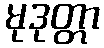
မုဒုတ္တာ